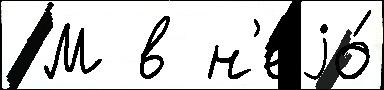
 М в н'еjо́